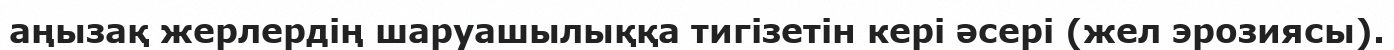
аңызақ жерлердің шаруашылыққа тигізетін кері әсері (жел эрозиясы).